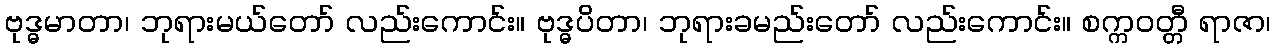
ဗုဒ္ဓမာတာ၊ ဘုရားမယ်တော် လည်းကောင်း။ ဗုဒ္ဓပိတာ၊ ဘုရားခမည်းတော် လည်းကောင်း။ စက္ကဝတ္တီ ရာဇာ၊